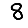
Digit: 8